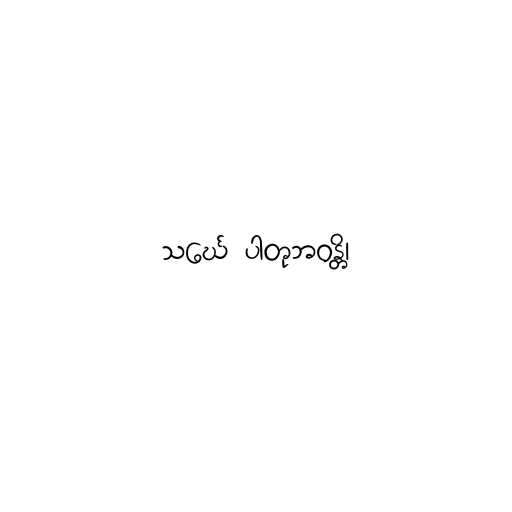
သင်္ဃေ ပါတုဘဝန္တိ၊